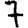
Digit: 7